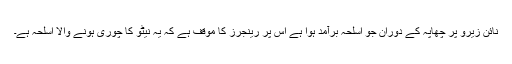
نائن زیرو پر چھاپہ کے دوران جو اسلحہ برآمد ہوا ہے اس پر رینجرز کا موقف ہے کہ یہ نیٹو کا چوری ہونے والا اسلحہ ہے۔